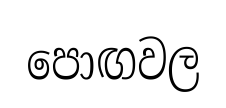
පොඟවල